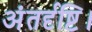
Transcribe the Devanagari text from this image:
अंतर्दृष्टि।